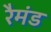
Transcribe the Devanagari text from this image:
रैमंड